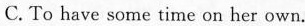
C.To have some time on her own.